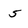
Character: 5